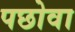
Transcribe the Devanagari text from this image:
पछोवा